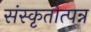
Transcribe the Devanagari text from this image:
संस्कृतोत्पन्न